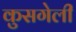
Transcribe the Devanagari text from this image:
कुसगेली